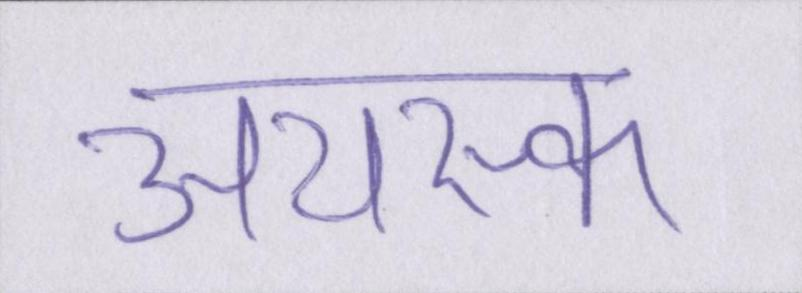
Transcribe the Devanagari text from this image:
अयस्क